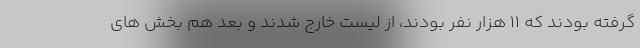
گرفته بودند که ۱۱ هزار نفر بودند، از لیست خارج شدند و بعد هم بخش های